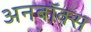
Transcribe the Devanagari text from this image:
अनबॉक्स